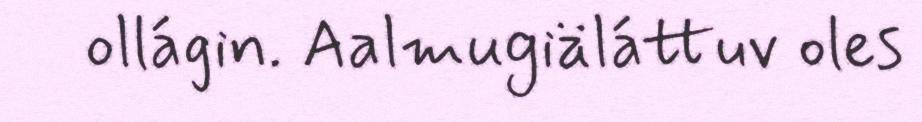
ollágin. Aalmugiäláttuv oles